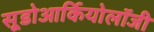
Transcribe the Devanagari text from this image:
सूडोआर्कियोलॉजी